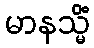
မာနသ္မိံ